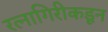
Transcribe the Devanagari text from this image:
रत्नागिरीकडून